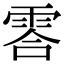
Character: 䨐